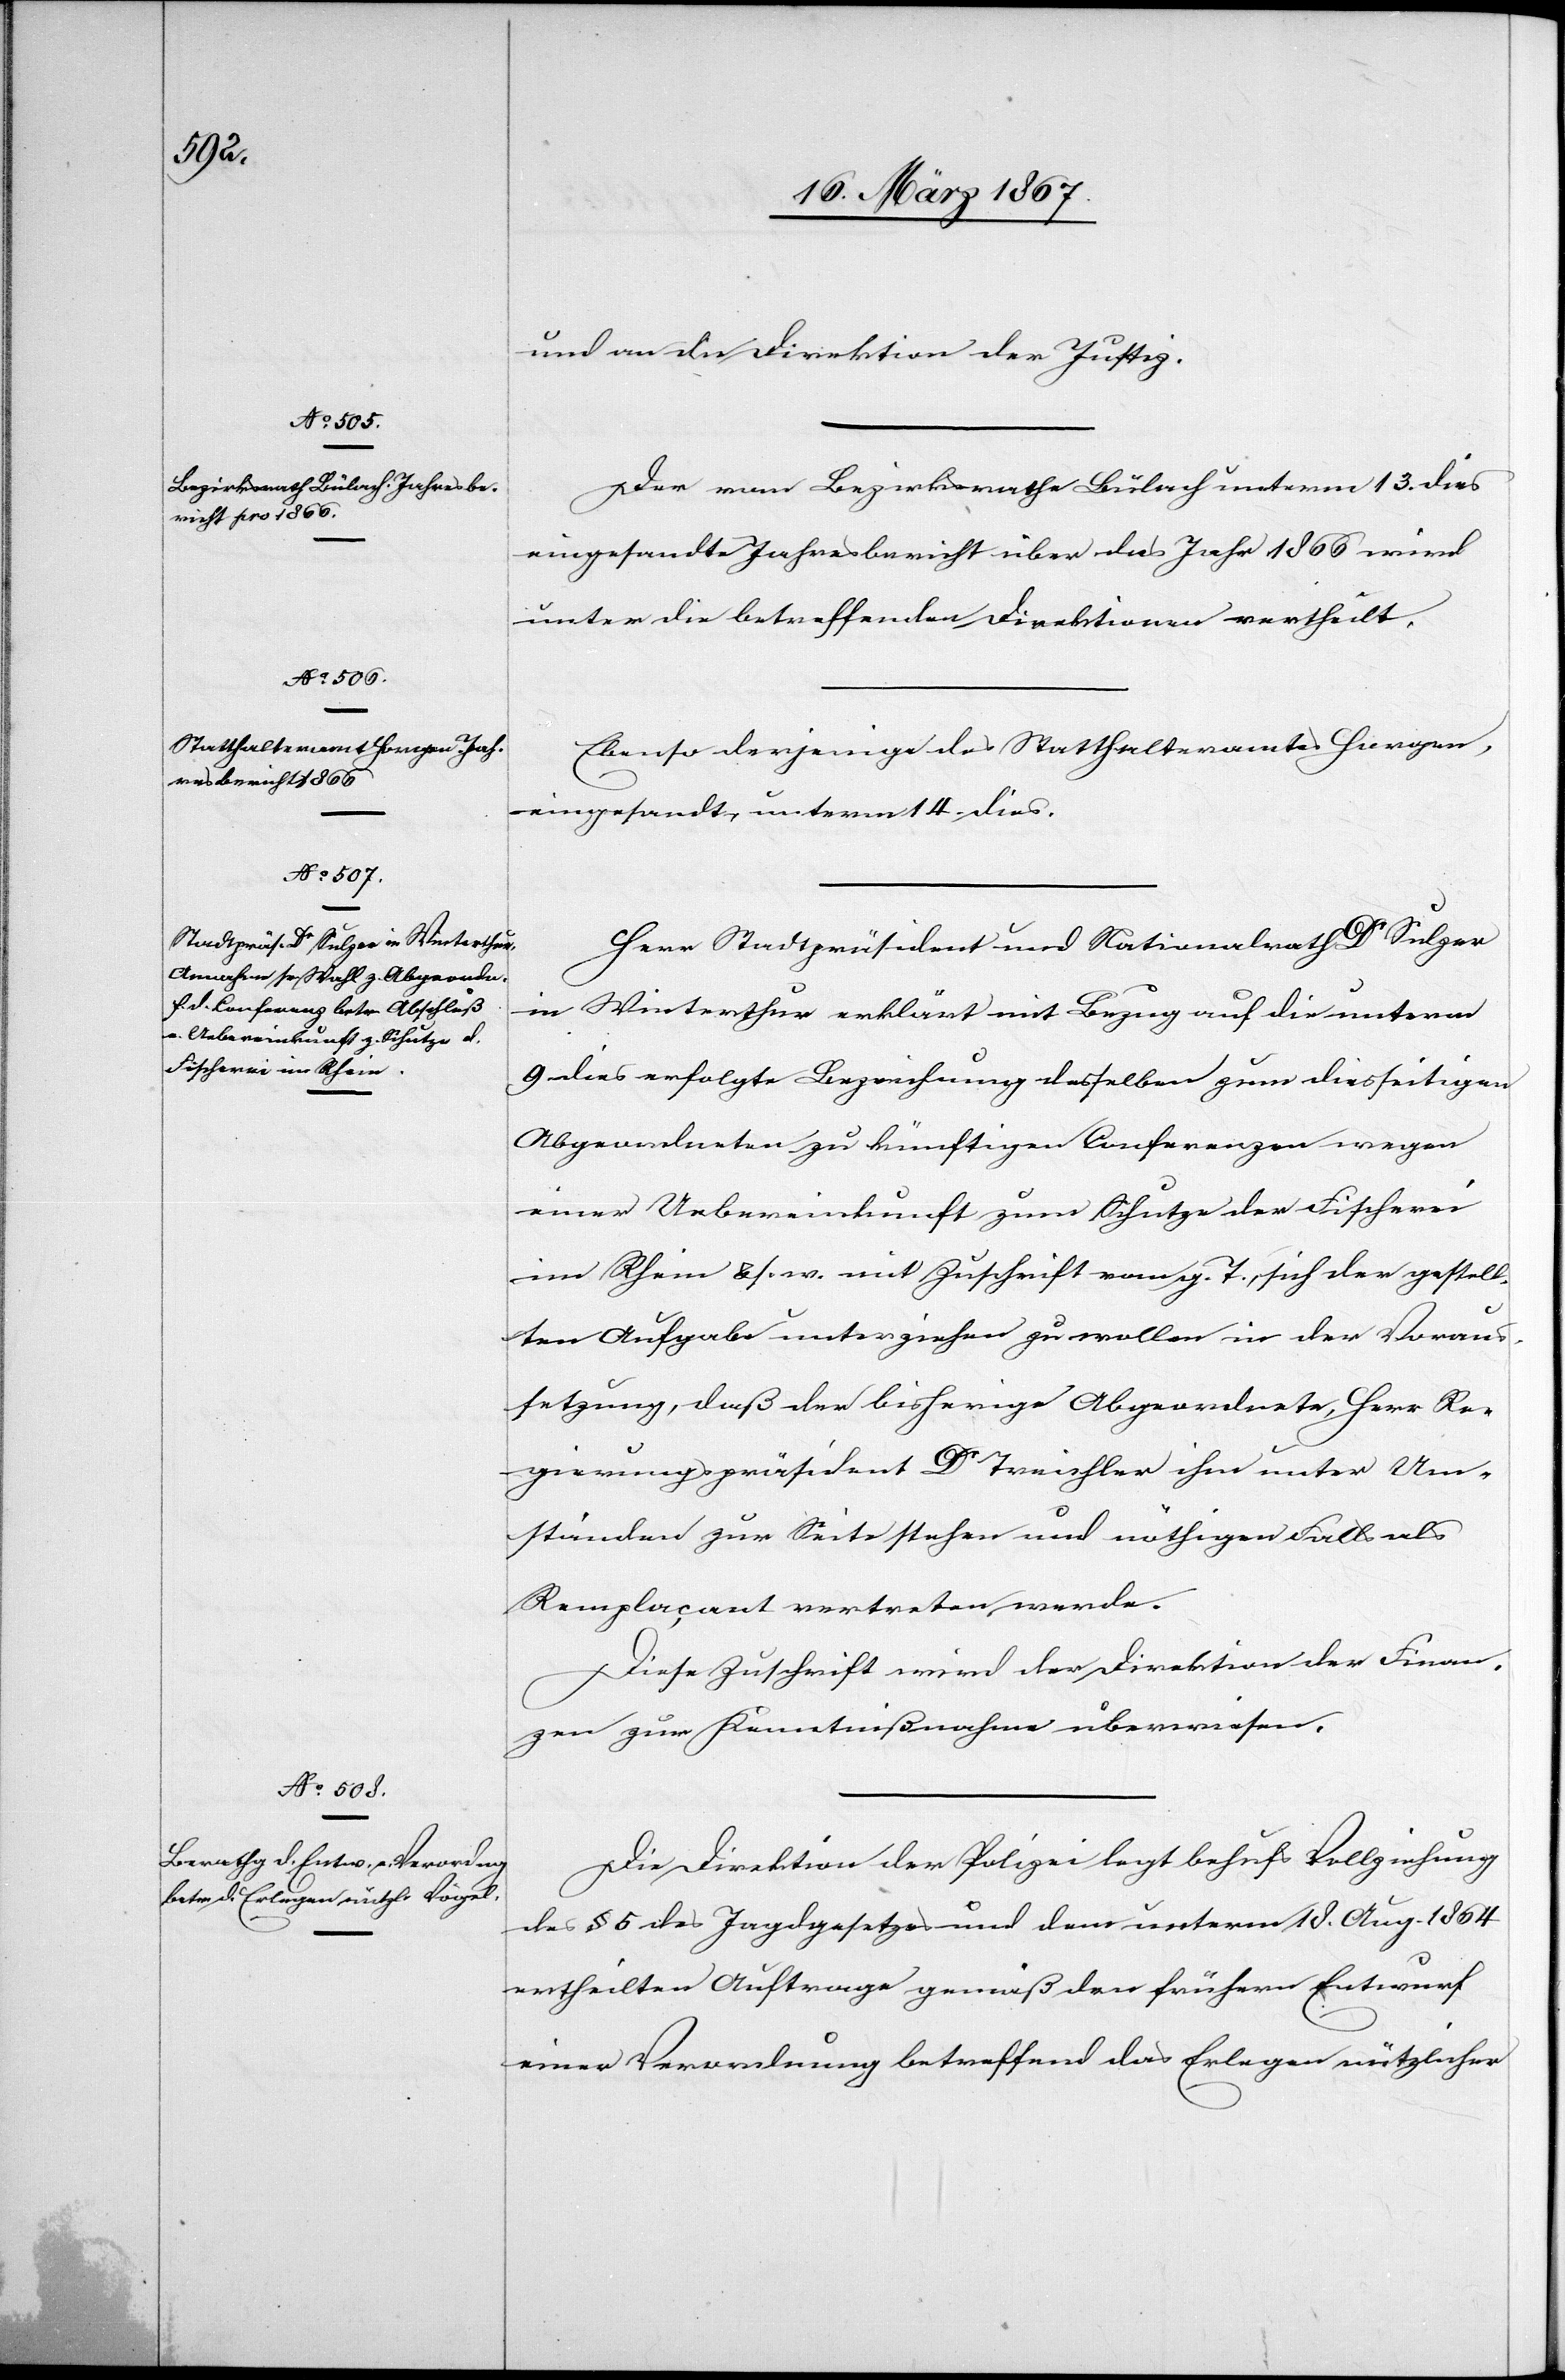
und an die Direktion der Justiz.
Der vom Bezirksrathe Bülach unterm 13. dies
eingesandte Jahresbericht über das Jahr 1866 wird
unter die betreffenden Direktionen vertheilt.
Ebenso derjenige des Statthalteramtes Horgen,
eingesandt unterm 4. dies.
Herr Stadtpräsident und Nationalrath Dr Sulzer
in Winterthur erklärt mit Bezug auf die unterm
9. dies erfolgte Bezeichnung desselben zum diesseitigen
Abgeordneten zu künftigen Conferenzen wegen
einer Uebereinkunft zum Schutze der Fischerei
im Rhein u. s. w. mit Zuschrift vom g. T., sich der gestell¬
ten Aufgabe unterziehen zu wollen in der Voraus¬
setzung, daß der bisherige Abgeordnete, Herr Re¬
gierungspräsident Dr Treichler ihm unter Um¬
ständen zur Seite stehen und nöthigen Falls als
Remplaçant vertreten werde.
Diese Zuschrift wird der Direktion der Finan¬
zen zu Kenntnißnahme überwiesen.
Die Direktion der Polizei legt behufs Vollziehung
des § 5 des Jagdgesetzes und dem unterm 18. Aug. 1864
ertheilten Auftrage gemäß den frühern Entwurf
einer Verordnung betreffend das Erlegen nützlicher